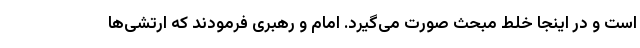
است و در اینجا خلط مبحث صورت می‌گیرد. امام و رهبری فرمودند که ارتشی‌ها